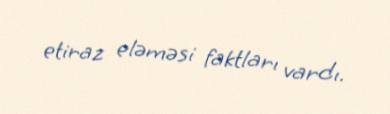
etiraz eləməsi faktları vardı.